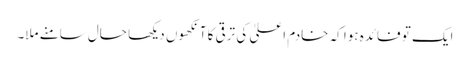
ایک تو فائدہ ہوا کہ خادم اعلیٰ کی ترقی کا آنکھوں دیکھا حال سامنے ملا۔